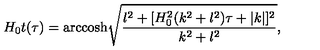
H _ { 0 } t ( \tau ) = \mathrm { a r c c o s h } \sqrt { \frac { l ^ { 2 } + [ H _ { 0 } ^ { 2 } ( k ^ { 2 } + l ^ { 2 } ) \tau + | k | ] ^ { 2 } } { k ^ { 2 } + l ^ { 2 } } } ,